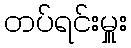
တပ်ရင်းမှူး